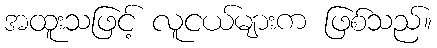
အထူးသဖြင့် လူငယ်များက ဖြစ်သည်။